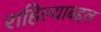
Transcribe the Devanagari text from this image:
राहिल्याबद्दल